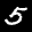
Label: 5